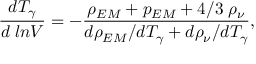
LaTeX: \frac { d T _ { \gamma } } { d \; l n V } = - \frac { \rho _ { E M } + p _ { E M } + 4 / 3 \; \rho _ { \nu } } { d \rho _ { E M } / d T _ { \gamma } + d \rho _ { \nu } / d T _ { \gamma } } ,